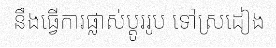
នឹងធ្វើការផ្លាស់ប្តូររូប ទៅស្រដៀង